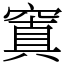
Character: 窴